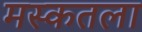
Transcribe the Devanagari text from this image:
मस्कतला